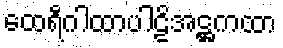
ထေရီဂါထာပါဠိအဋ္ဌကထာ